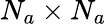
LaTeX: N_{a}\times N_{a}